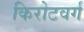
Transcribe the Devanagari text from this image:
किरोटवर्ग